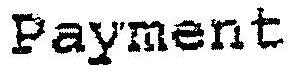
PAYMENT